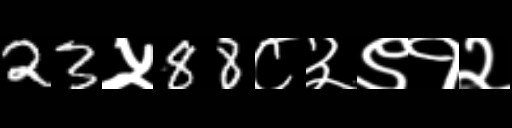
Text: 23५88८३९१२